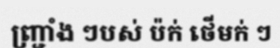
ញ្ជ្រាំង ៗបស់ ប៉ក់ ថើមក់ ៗ